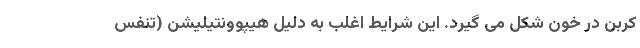
کربن در خون شکل می گیرد. این شرایط اغلب به دلیل هیپوونتیلیشن (تنفس